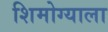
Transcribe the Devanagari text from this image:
शिमोग्याला